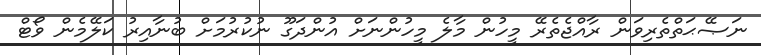
ނަޞޭޙަތްތެރިވަން ރާއްޖެތެރޭ މީހުން މާލެ މީހުންނަށް އުންދަގޫ ނުކުރުމަށް ބުނާއިރު ކަލޭމެން ވޯޓް